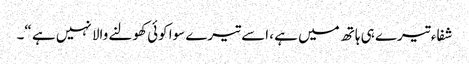
شفاء تیرے ہی ہاتھ میں ہے ، اسے تیرے سوا کوئی کھولنے والا نہیں ہے “۔